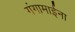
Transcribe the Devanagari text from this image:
गंगामाईना